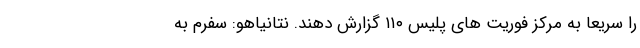
را سریعا به مرکز فوریت های پلیس ۱۱۰ گزارش دهند. نتانیاهو: سفرم به